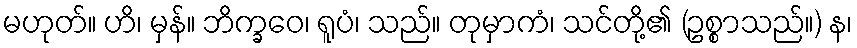
မဟုတ်။ ဟိ၊ မှန်။ ဘိက္ခဝေ၊ ရူပံ၊ သည်။ တုမှာကံ၊ သင်တို့၏ (ဥစ္စာသည်။) န၊